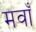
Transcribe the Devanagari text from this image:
मवाँ